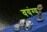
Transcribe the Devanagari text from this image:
वयंग्य